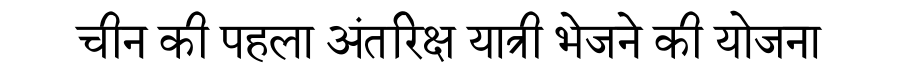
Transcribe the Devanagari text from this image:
चीन की पहला अंतरिक्ष यात्री भेजने की योजना